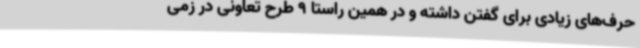
حرف‌های زیادی برای گفتن داشته و در همین راستا 9 طرح تعاونی در زمی